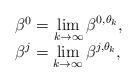
LaTeX: \begin{align*}\begin{array}[c]{ll}\beta^{0}=\displaystyle\lim_{k\to\infty}\beta^{0,\theta_k},\\\beta^{j}=\displaystyle\lim_{k\to\infty}\beta^{j,\theta_k},\\\end{array}\end{align*}